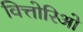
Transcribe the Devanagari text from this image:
वित्तोरिओ